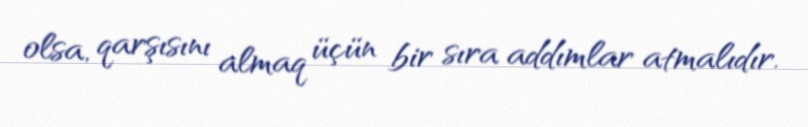
olsa, qarşısını almaq üçün bir sıra addımlar atmalıdır.